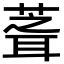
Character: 𮐘